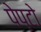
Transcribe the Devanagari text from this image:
पेप्टो